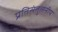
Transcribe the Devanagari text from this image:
प्रतिसंतुलनीय